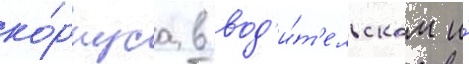
ко́рпуса в вод'и́т'ельском и́